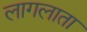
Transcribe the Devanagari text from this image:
लागलाता